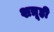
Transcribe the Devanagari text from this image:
शत्रूही